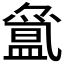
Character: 𱲖